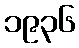
၁၉၃၆